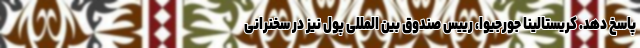
پاسخ دهد. کریستالینا جورجیوا، رییس صندوق بین المللی پول نیز در سخنرانی